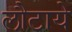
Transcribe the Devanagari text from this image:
लौटाये